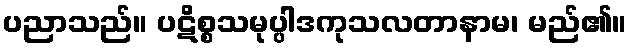
ပညာသည်။ ပဋိစ္စသမုပ္ပါဒကုသလတာနာမ၊ မည်၏။